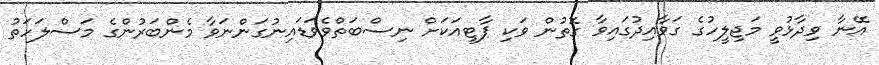
އޭނާ ވިދާޅުވީ މަޖިލީހުގެ ގަވާއިދުގައިވާ ގޮތުން ވަކި ޕާޓީއަކަށް ނިސްބަތްވެވަޑައިނުގަންނަވާ މެންބަރުންގެ މަސްލަހަތު